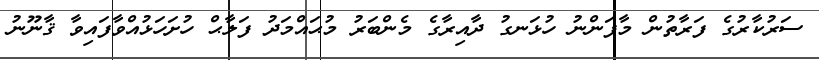
ސަރުކާރުގެ ފަރާތުން މާފަންނު ހުޅަނގު ދާއިރާގެ މެންބަރު މުޙައްމަދު ފަލާޙް ހުށަހަޅުއްވާފައިވާ ޤާނޫނު